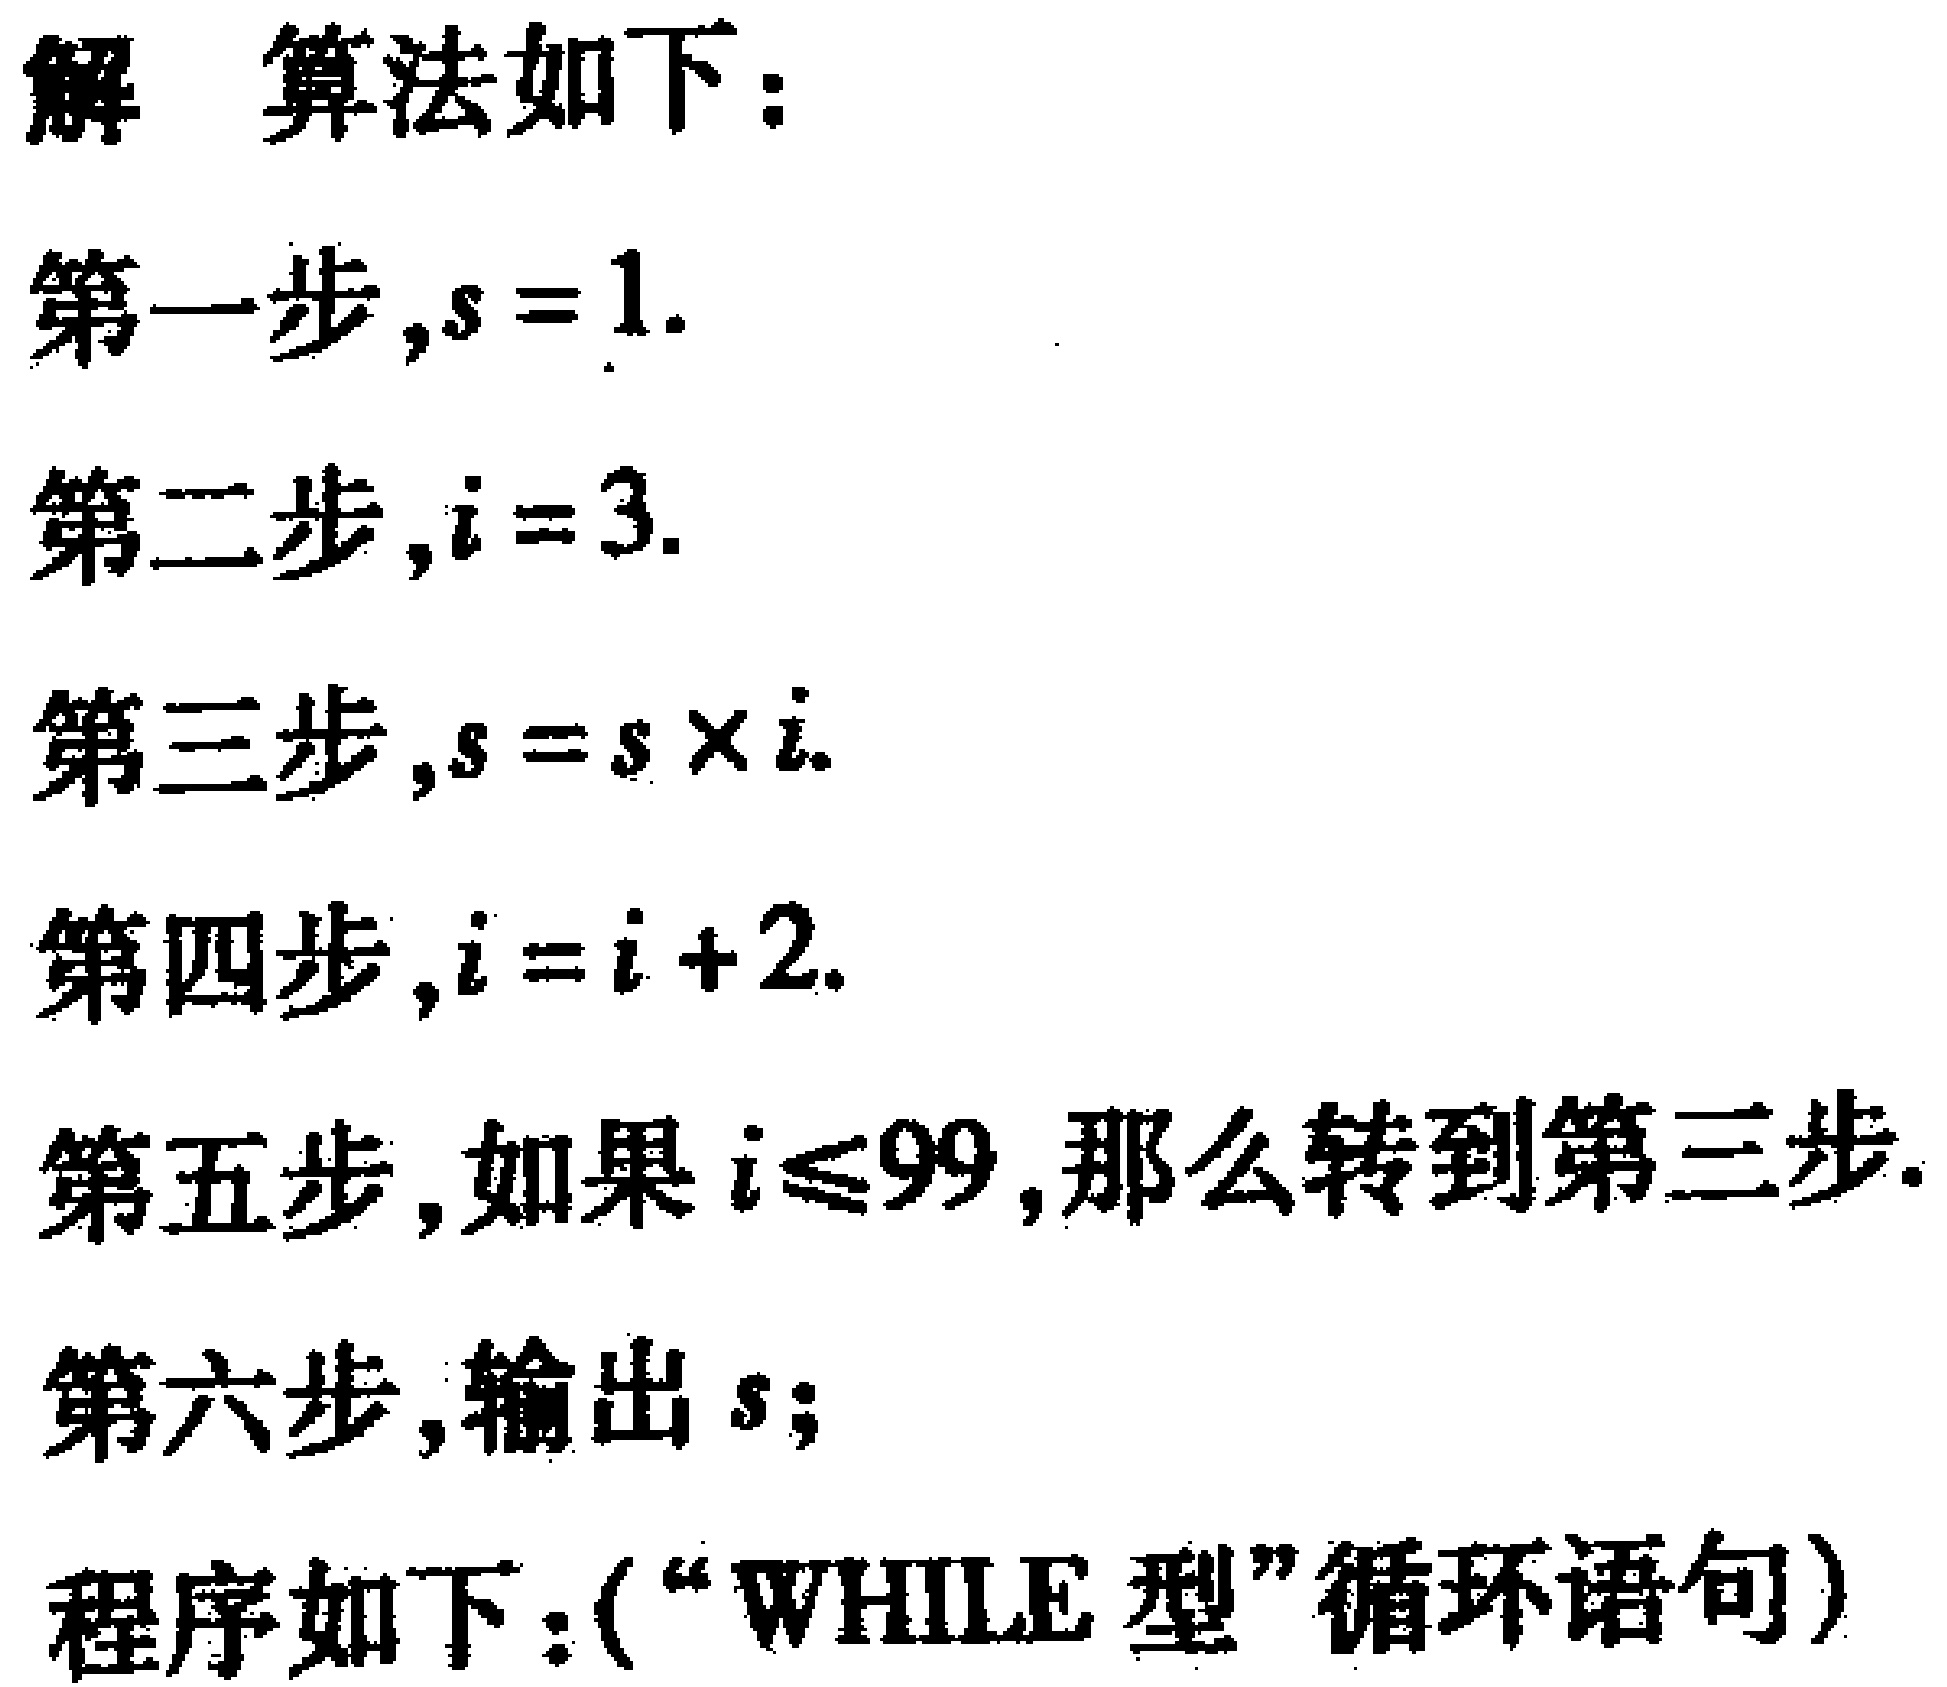
解 算法如下：

第一步，\(s = 1\).

第二步，\(i = 3\).

第三步，\(s = s\times i\).

第四步，\(i = i + 2\).

第五步，如果 \(i\leqslant99\)，那么转到第三步.

第六步，输出 \(s\)；

程序如下：(“WHILE 型”循环语句)